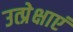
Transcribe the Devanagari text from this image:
उत्प्रेक्षाएं